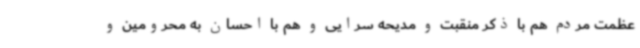
عظمت مردم هم با ذکر منقبت و مدیحه سرایی و هم با احسان به محرومین و